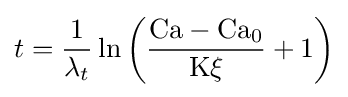
t={\frac {1}{\lambda _{t}}}\ln \left({\frac {{\mathrm {Ca} }-{\mathrm {Ca} {\vphantom {A}}_{\smash[{t}]{0}}}}{{\mathrm {K} }\xi }}+1\right)